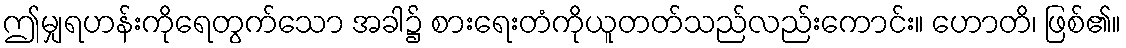
ဤမျှရဟန်းကိုရေတွက်သော အခါ၌ စားရေးတံကိုယူတတ်သည်လည်းကောင်း။ ဟောတိ၊ ဖြစ်၏။